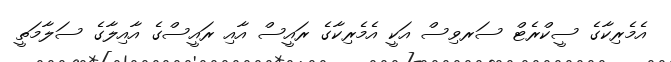
އެމެރިކާގެ ސީކްރެޓް ސަރވިސް އަކީ އެމެރިކާގެ ރައީސް އާއި ރައީސްގެ އާއިލާގެ ސަލާމަތީ